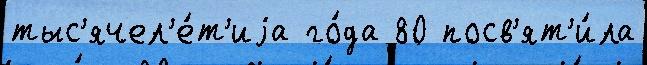
тыс'ячел'е́т'иjа го́да 80 посв'ят'и́ла